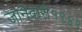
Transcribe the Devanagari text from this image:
जानेवारी१९४९